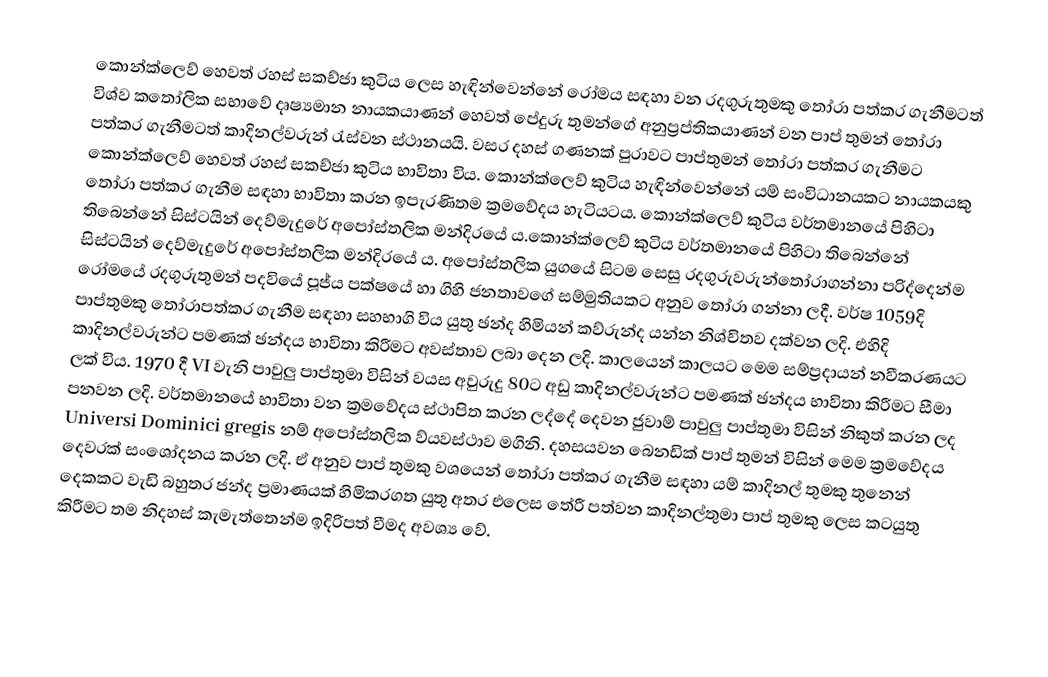
කොන්ක්ලෙව් හෙවත් රහස් සකච්ජා කුටිය ලෙස හැඳින්වෙන්නේ රෝමය සඳහා වන රදගුරුතුමකු තෝරා පත්කර ගැනීමටත් විශ්ව කතෝලික සභාවේ දෘෂ්‍යමාන නායකයාණන් හෙවත් පේදුරු තුමන්ගේ අනුප්‍රප්තිකයාණන් වන පාප් තුමන් තෝරා පත්කර ගැනීමටත් කාදිනල්වරුන් රැස්වන ස්ථානයයි. වසර දහස් ගණනක් පුරාවට පාප්තුමන් තෝරා පත්කර ගැනීමට කොන්ක්ලෙව් හෙවත් රහස් සකච්ජා කුටිය භාවිතා විය. කොන්ක්ලෙව් කුටිය හැඳින්වෙන්නේ යම් සංවිධානයකට නායකයකු තෝරා පත්කර ගැනීම සඳහා භාවිතා කරන ඉපැරණිතම ක්‍රමවේදය හැටියටය. කොන්ක්ලෙව් කුටිය වර්තමානයේ පිහිටා තිබෙන්නේ සිස්ටයින් දෙව්මැදුරේ අපෝස්තලික මන්දිරයේ ය.කොන්ක්ලෙව් කුටිය වර්තමානයේ පිහිටා තිබෙන්නේ සිස්ටයින් දෙව්මැදුරේ අපෝස්තලික මන්දිරයේ ය. අපෝස්තලික යුගයේ සිටම සෙසු රදගුරුවරුන්තෝරාගන්නා පරිද්දෙන්ම රෝමයේ රදගුරුතුමන් පදවියේ පූජ්ය පක්ෂයේ හා ගිහි ජනතාවගේ සම්මුතියකට අනුව තෝරා ගන්නා ලදී. වර්ෂ 1059දි පාප්තුමකු තෝරාපත්කර ගැනීම සඳහා සහභාගි විය යුතු ඡන්ද හිමියන් කව්රුන්ද යන්න නිශ්චිතව දක්වන ලදි. එහිදි කාදිනල්වරුන්ට පමණක් ඡන්දය භාවිතා කිරීමට අවස්තාව ලබා දෙන ලදි. කාලයෙන් කාලයට මෙම සම්ප්‍රදායන් නවීකරණයට ලක් විය. 1970 දී VI වැනි පාවුලු පාප්තුමා විසින් වයස අවුරුදු 80ට අඩු කාදිනල්වරුන්ට පමණක් ඡන්දය භාවිතා කිරීමට සීමා පනවන ලදි.  වර්තමානයේ භාවිතා වන ක්‍රමවේදය ස්ථාපිත කරන ලද්දේ දෙවන ජුවාම් පාවුලු පාප්තුමා විසින්  නිකුත් කරන ලද Universi Dominici gregis නම් අපෝස්තලික ව්යවස්ථාව මගිනි. දහසයවන බෙනඩික් පාප් තුමන් විසින් මෙම ක්‍රමවේදය දෙවරක් සංශෝදනය කරන ලදි. ඒ අනුව පාප් තුමකු වශයෙන් තෝරා පත්කර ගැනීම සඳහා යම් කාදිනල් තුමකු තුනෙන් දෙකකට වැඩි බහුතර ජන්ද ප්‍රමාණයක් හිමිකරගත යුතු අතර එලෙස තේරී පත්වන කාදිනල්තුමා පාප් තුමකු ලෙස කටයුතු කිරීමට තම නිදහස් කැමැත්තෙන්ම ඉදිරිපත් වීමද අවශ්‍ය වේ.